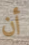
أن